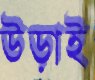
উড়াই